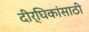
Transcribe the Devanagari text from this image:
दीर्घिकांसाठी